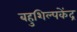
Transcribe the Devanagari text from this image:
बहुशिल्पकेंद्र